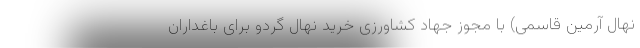
نهال آرمین قاسمی) با مجوز جهاد کشاورزی خرید نهال گردو برای باغداران